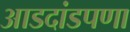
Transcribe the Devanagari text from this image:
आडदांडपणा